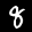
Label: 8